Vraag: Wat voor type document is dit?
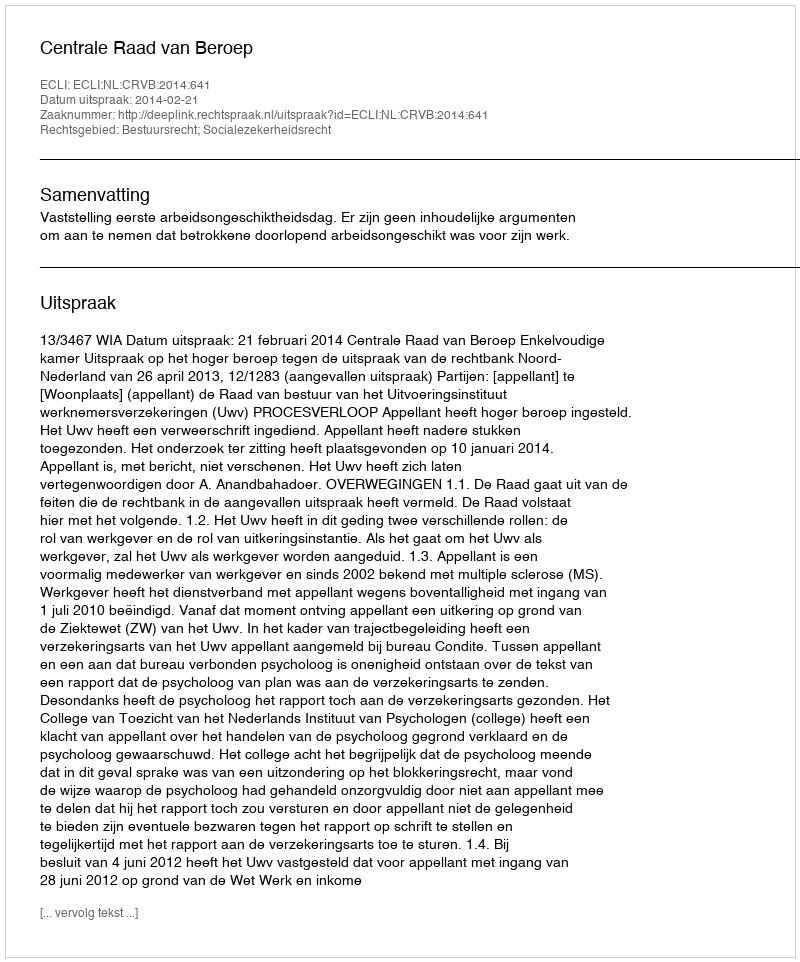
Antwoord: Uitspraak